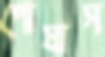
পোষাস